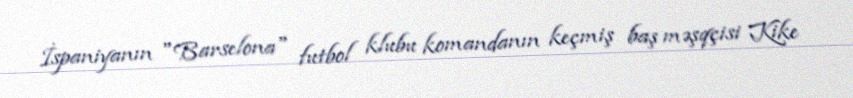
İspaniyanın "Barselona" futbol klubu komandanın keçmiş baş məşqçisi Kike